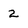
Character: 2